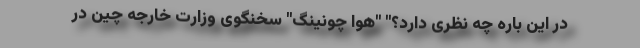
در این باره چه نظری دارد؟" "هوا چونینگ" سخنگوی وزارت خارجه چین در